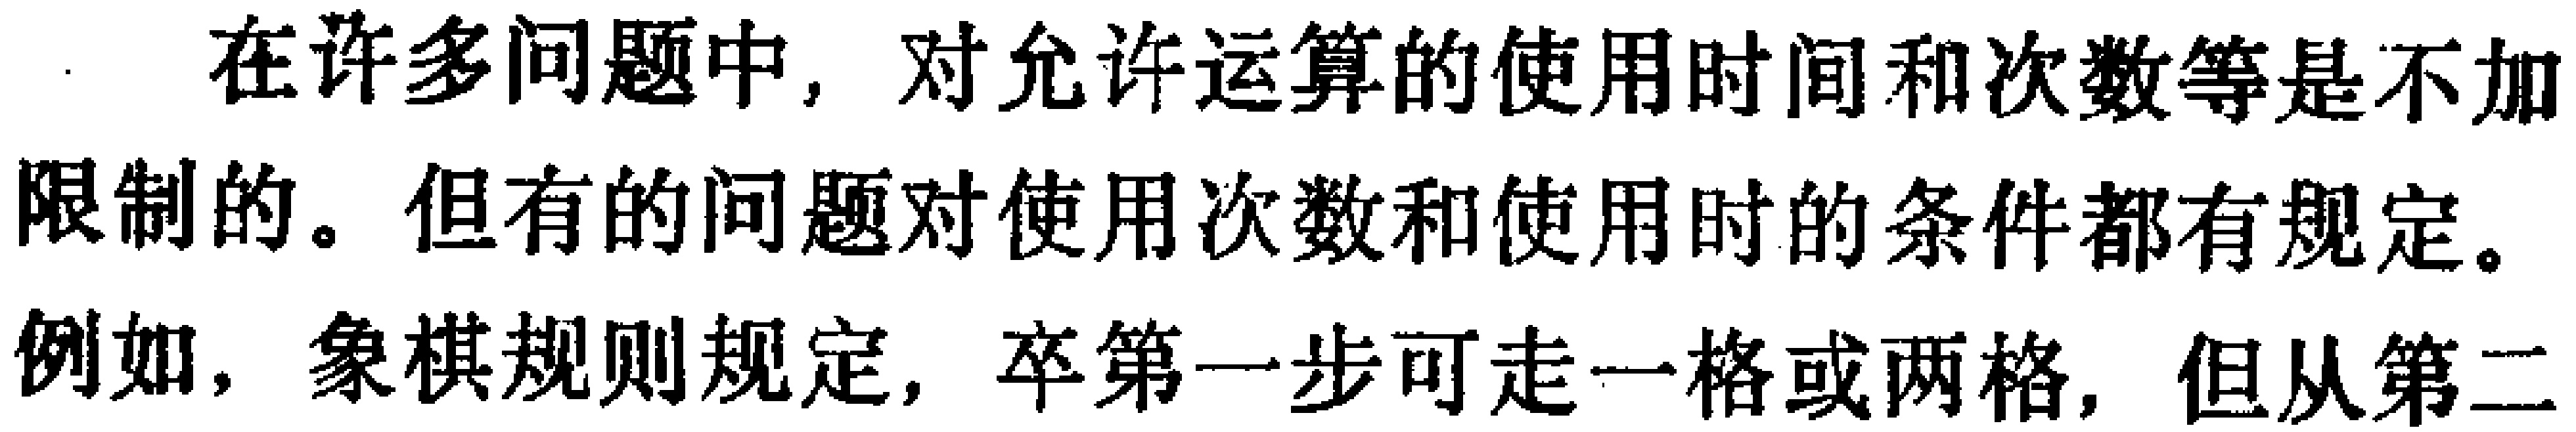
在许多问题中，对允许运算的使用时间和次数等是不加
限制的。但有的问题对使用次数和使用时的条件都有规定。
例如，象棋规则规定，卒第一步可走一格或两格，但从第二